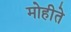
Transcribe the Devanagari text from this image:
मोहीते